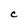
Character: C